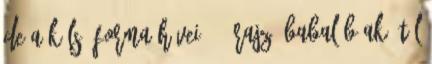
de a külső forma hívei. 5. rajz. Babalábúak, túl